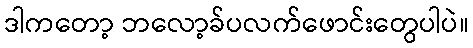
ဒါကတော့ ဘလော့ခ်ပလက်ဖောင်းတွေပါပဲ။